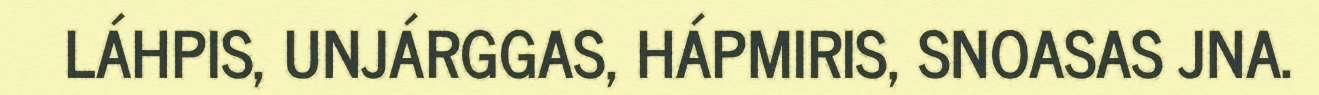
LÁHPIS, UNJÁRGGAS, HÁPMIRIS, SNOASAS JNA.